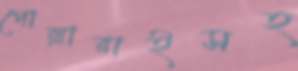
পোল্লারাইসহ